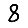
Digit: 8